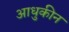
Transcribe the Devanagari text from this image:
आधुकीन